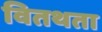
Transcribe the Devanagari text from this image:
वितथता